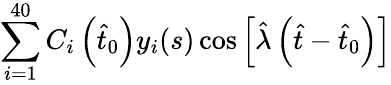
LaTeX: \sum_{i=1}^{40}C_{i}\left(\hat{t}_{0}\right)y_{i}(s)\cos\left[\hat{\lambda}\left(\hat{t}-\hat{t}_{0}\right)\right]